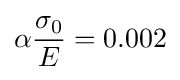
\alpha {\frac {\sigma _{0}}{E}}=0.002